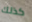
كذلك